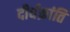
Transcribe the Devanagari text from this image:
दीर्घक्रांति